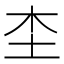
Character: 𡉣